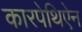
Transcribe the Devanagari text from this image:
कारपेथिऐन